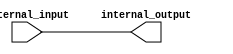
module ttl_buffer(
    input wire external_input,
    output reg internal_output
);

assign internal_output = external_input;

endmodule